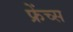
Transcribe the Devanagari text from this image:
फ्रेंच्स